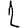
Digit: 1